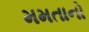
મમતાનો